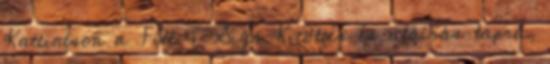
Kattintson a Fill & Sign Kitöltés és aláírás lapra,